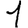
Digit: 1